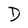
Character: D